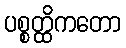
ပစ္စတ္ထိကတော